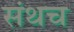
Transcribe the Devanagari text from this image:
संथच